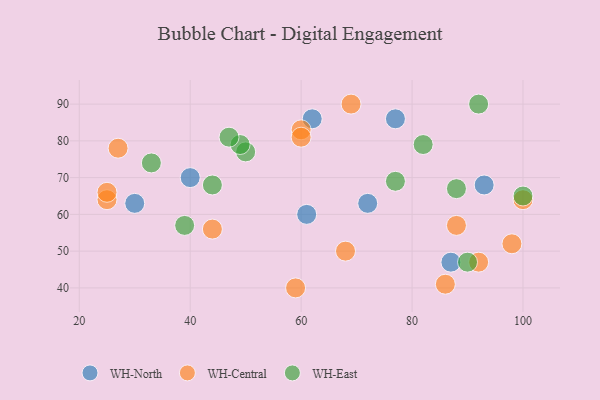
{"axis": {"x": "GDP", "y": "Life Expectancy"}, "legend": ["WH-Central", "WH-East", "WH-North"], "data": [{"x": "62", "y": 86, "type": "WH-North"}, {"x": "30", "y": 63, "type": "WH-North"}, {"x": "61", "y": 60, "type": "WH-North"}, {"x": "93", "y": 68, "type": "WH-North"}, {"x": "87", "y": 47, "type": "WH-North"}, {"x": "77", "y": 86, "type": "WH-North"}, {"x": "40", "y": 70, "type": "WH-North"}, {"x": "72", "y": 63, "type": "WH-North"}, {"x": "86", "y": 41, "type": "WH-Central"}, {"x": "60", "y": 83, "type": "WH-Central"}, {"x": "44", "y": 56, "type": "WH-Central"}, {"x": "88", "y": 57, "type": "WH-Central"}, {"x": "69", "y": 90, "type": "WH-Central"}, {"x": "27", "y": 78, "type": "WH-Central"}, {"x": "25", "y": 64, "type": "WH-Central"}, {"x": "68", "y": 50, "type": "WH-Central"}, {"x": "92", "y": 47, "type": "WH-Central"}, {"x": "98", "y": 52, "type": "WH-Central"}, {"x": "59", "y": 40, "type": "WH-Central"}, {"x": "25", "y": 66, "type": "WH-Central"}, {"x": "60", "y": 81, "type": "WH-Central"}, {"x": "100", "y": 64, "type": "WH-Central"}, {"x": "77", "y": 69, "type": "WH-East"}, {"x": "88", "y": 67, "type": "WH-East"}, {"x": "82", "y": 79, "type": "WH-East"}, {"x": "44", "y": 68, "type": "WH-East"}, {"x": "50", "y": 77, "type": "WH-East"}, {"x": "49", "y": 79, "type": "WH-East"}, {"x": "39", "y": 57, "type": "WH-East"}, {"x": "90", "y": 47, "type": "WH-East"}, {"x": "92", "y": 90, "type": "WH-East"}, {"x": "100", "y": 65, "type": "WH-East"}, {"x": "33", "y": 74, "type": "WH-East"}, {"x": "47", "y": 81, "type": "WH-East"}]}